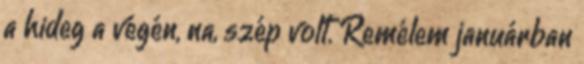
a hideg a végén, na, szép volt. Remélem januárban